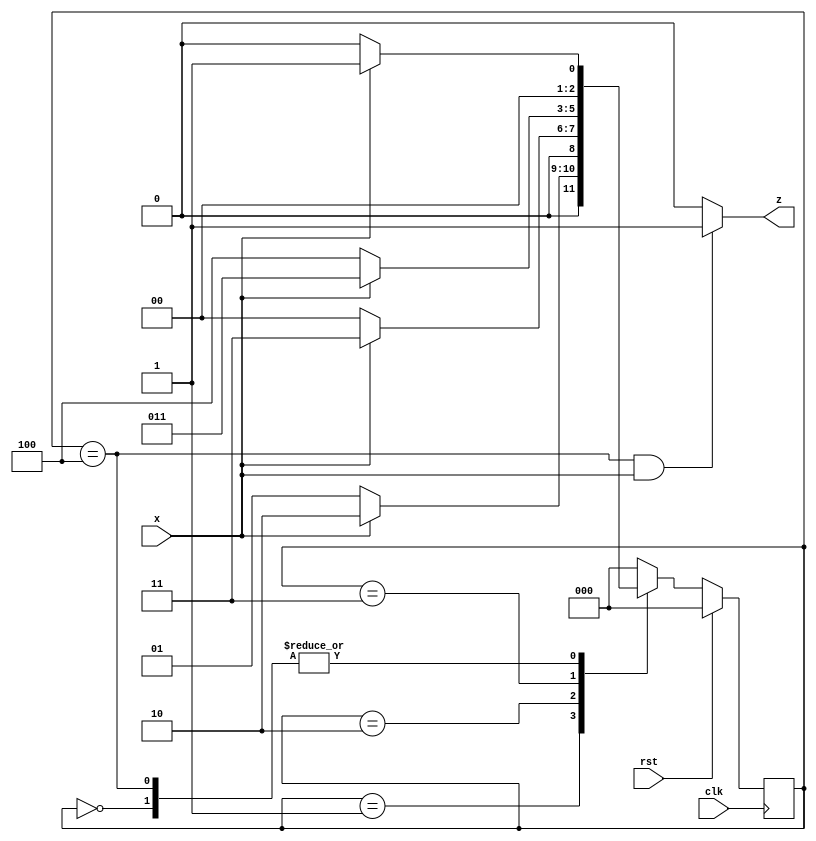
`timescale 1ns / 1ps
//////////////////////////////////////////////////////////////////////////////////
// Company: 
// Engineer: 
// 
// Design Name: 
// Module Name: mealy_11101_overlapping_seq
// Project Name: 
// Target Devices: 
// Tool Versions: 
// Description: 
// 
// Dependencies: 
// 
// Revision:
// Revision 0.01 - File Created
// Additional Comments:
// 
//////////////////////////////////////////////////////////////////////////////////


// Identifies the sequence 11101
// includes a overlap bit sequence as well
module mealy_11101_overlapping_seq(z, clk, rst, x);
  output reg z;
  input clk, rst, x;
  
  reg[2:0] cs, ns;
  
  parameter s0 = 3'b000, s1 = 3'b001, s2 = 3'b010, s3 = 3'b011, s4 = 3'b100;
   
  
  always @(posedge clk)
  begin
    if(rst)
      cs <= s0;
    else
      cs <= ns;
  end

  always @(cs, x)
  begin
    case(cs)
    s0:
      begin
        if(x)
          ns <= s1;
        else
          ns <= s0;
      end
    s1:
      begin
        if(x)
          ns <= s2;
        else
          ns <= s1;
      end
    s2:
      begin
        if(x)
          ns <= s3;
        else
          ns <= s0;
      end
    s3:
      begin
        if(x)
          ns <= s3;
        else
          ns <= s4;
      end
    s4:
      begin
        if(x)
          ns <= s1; 
        else
          ns <= s0;
      end
    default:
      begin
        ns <= s0;
      end
    endcase      
  end
  
  always @(cs, x)
  begin
    if ( cs == s4 && x == 1 )
      z <= 1;
    else
      z <= 0;
  end    
endmodule